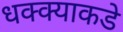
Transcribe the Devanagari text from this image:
धक्क्याकडे